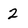
Character: 2